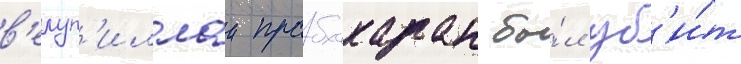
в'елуп'иллаи прабхакаран бы́л уб'и́т